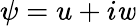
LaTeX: \psi=u+i\mathit{w}